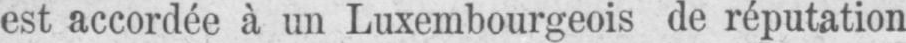
est accordée a un Luxembourgeois de réputation